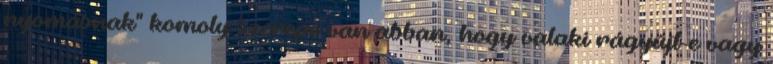
nyomásnak" komoly szerepe van abban, hogy valaki rágyújt-e vagy